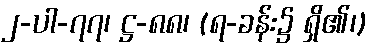
၂-ပါ-၇၇၊ ဋ္ဌ-၈၈၊ (ရ-ခန်း၌ ရှိ၏၊)